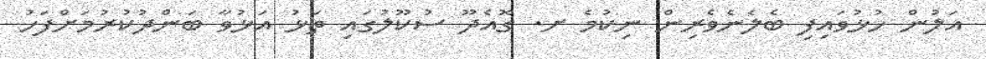
އަލުން ހުޅުވައިފި ބެލެނެވެރިން ނިކުމެ ށ. ގޮއެދޫ ސުކޫލުގައި ތަޅު އަޅުވާ ބަންދުކުރުމަށްފަހު